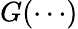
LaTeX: G(\cdots)